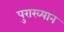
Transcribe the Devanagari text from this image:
पुराख्यान